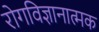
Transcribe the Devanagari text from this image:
रोगविज्ञानात्मक